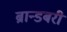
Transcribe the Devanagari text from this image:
ब्रान्डबरी